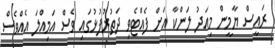
ރައީސް ޔާމީން މިއަދު ލަންކާ އަށް ފެއްޓެވި ދަތުރުފުޅުގައި ވެސް އަމިއްލަ އެއްވެސް